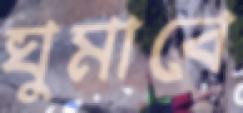
ঘুমাবে